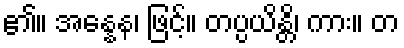
၏။ အန္နေန၊ ဖြင့်။ တပ္ပယိန္တိ၊ ကား။ တ